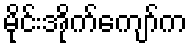
မိုင်းအိုက်ကျော်က